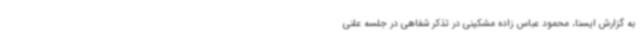
به گزارش ایسنا، محمود عباس زاده مشکینی در تذکر شفاهی در جلسه علنی